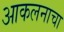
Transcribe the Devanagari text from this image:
आकलनाचा